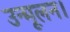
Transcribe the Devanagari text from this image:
उन्मूलन।